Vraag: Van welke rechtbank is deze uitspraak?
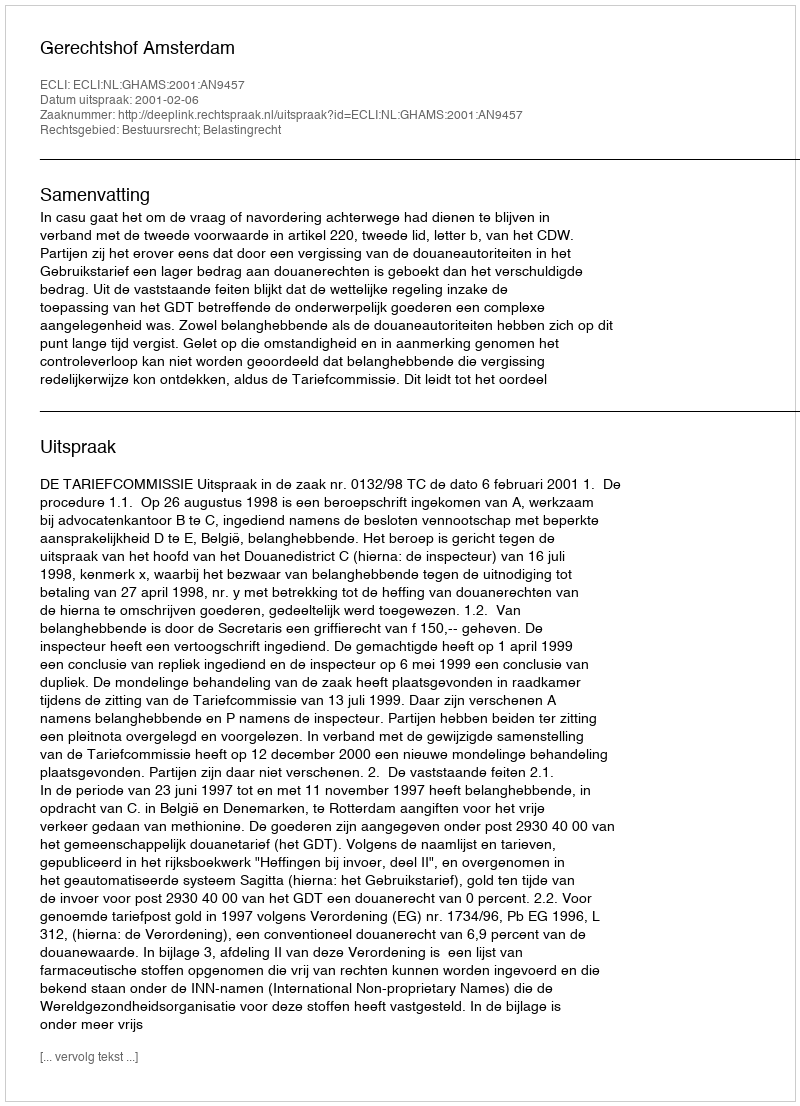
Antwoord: Gerechtshof Amsterdam